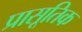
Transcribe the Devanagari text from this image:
प्रासूतिक